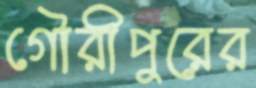
গৌরীপুরের